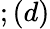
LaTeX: ;(d)